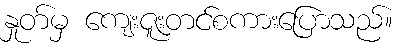
နှုတ်မှ ကျေးဇူးတင်စကားပြောသည်။